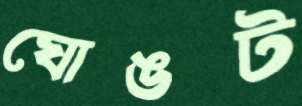
ঘোঙট